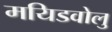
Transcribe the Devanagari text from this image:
मयिडवोलु